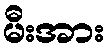
မီးအား